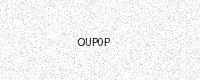
Text: OUP0P